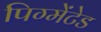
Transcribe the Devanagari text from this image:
पिग्मेंटेड